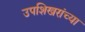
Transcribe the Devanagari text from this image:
उपशिखरांच्या